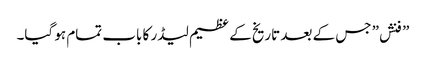
” فنش” جس کے بعد تاریخ کے عظیم لیڈر کا باب تمام ہو گیا۔